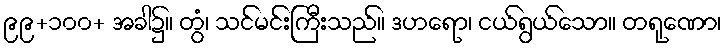
၉၉+၁၀၀+ အခါ၌။ တွံ၊ သင်မင်းကြီးသည်။ ဒဟရော၊ ငယ်ရွယ်သော။ တရုဏော၊